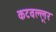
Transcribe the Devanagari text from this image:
कटवल्लूर